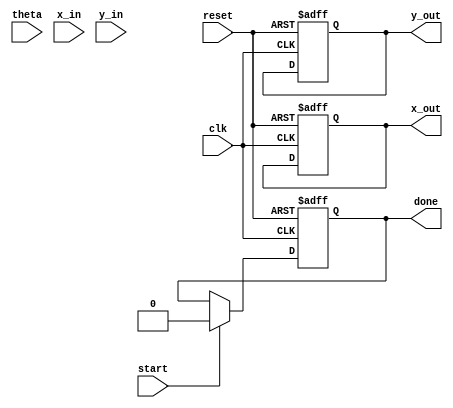
module rotational_cordic #(
    parameter WIDTH = 16,           // Width of fixed-point representation
    parameter ITERATIONS = 16       // Number of iterations
)(
    input wire clk,
    input wire reset,
    input wire start,
    input wire signed [WIDTH-1:0] theta, // Angle input in fixed-point
    input wire signed [WIDTH-1:0] x_in,   // Initial x-coordinate
    input wire signed [WIDTH-1:0] y_in,   // Initial y-coordinate
    output reg signed [WIDTH-1:0] x_out,  // Final x-coordinate
    output reg signed [WIDTH-1:0] y_out,  // Final y-coordinate
    output reg done                    // Operation done signal
);

    // Constants for CORDIC
    reg signed [WIDTH-1:0] K [0:ITERATIONS-1]; // Scaling factors
    reg signed [WIDTH-1:0] atan_table [0:ITERATIONS-1]; // Arctangent values
    reg signed [WIDTH-1:0] x [0:ITERATIONS];   // Coordinate arrays
    reg signed [WIDTH-1:0] y [0:ITERATIONS];

    integer i;
    
    // Initialization of K and atan_table
    initial begin
        K[0] = 16'h1; // K_0 = 1.0
        K[1] = 16'h1E4; // K_1 = 0.607
        K[2] = 16'h1A4; // K_2 = 0.414
        K[3] = 16'hEC;  // K_3 = 0.321
        K[4] = 16'h28C; // K_4  0.263
        // ... fill in remaining K values for more iterations

        atan_table[0] = 16'h0;     // atan(0)
        atan_table[1] = 16'h1A4;   // atan(1/2)
        atan_table[2] = 16'h1C8;   // atan(1/4)
        atan_table[3] = 16'hEC;    // atan(1/8)
        atan_table[4] = 16'h28C;   // atan(1/16)
        // ... fill in remaining atan values for more iterations
    end

    // Control logic
    reg [3:0] count; // Counter for iterations

    always @(posedge clk or posedge reset) begin
        if (reset) begin
            x_out <= 0;
            y_out <= 0;
            done <= 0;
            count <= 0;
        end else if (start) begin
            // Initialization
            x[0] <= x_in;
            y[0] <= y_in;
            count <= 0;
            done <= 0;
        end else if (count < ITERATIONS) begin
            // CORDIC Iteration
            if (theta[count] == 0) begin
                x[count + 1] <= x[count] + (K[count] * y[count]) >>> 1;
                y[count + 1] <= y[count] - (K[count] * x[count]) >>> 1;
            end else begin
                x[count + 1] <= x[count] - (K[count] * y[count]) >>> 1;
                y[count + 1] <= y[count] + (K[count] * x[count]) >>> 1;
            end
            count <= count + 1;
        end else if (count == ITERATIONS) begin
            // Output values after computation is done
            x_out <= x[ITERATIONS];
            y_out <= y[ITERATIONS];
            done <= 1;
        end
    end

endmodule